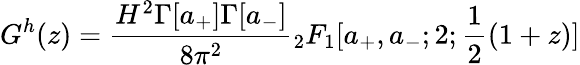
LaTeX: G^{h}(z)=\frac{H^{2}\Gamma[a_{+}]\Gamma[a_{-}]}{8\pi^{2}}{}_{2}F_{1}[a_{+},a_{-};2;\frac{1}{2}(1+z)]